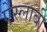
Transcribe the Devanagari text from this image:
ऐस्लाबी